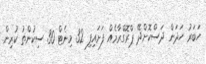
ހަބަރު ހަދަން ދަސްކޮށްދޭ ޕްރޮގްރާމެއް ފަށައިފި 32 މިނެޓް 30 ސިކުންތު ކުރިން.